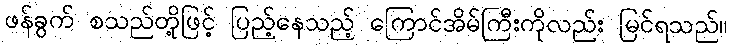
ဖန်ခွက် စသည်တို့ဖြင့် ပြည့်နေသည့် ကြောင်အိမ်ကြီးကိုလည်း မြင်ရသည်။